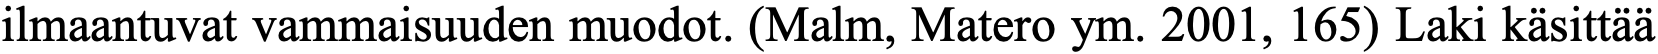
ilmaantuvat vammaisuuden muodot. (Malm, Matero ym. 2001, 165) Laki käsittää